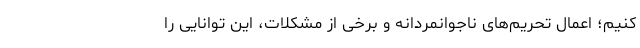
کنیم؛ اعمال تحریم‌های ناجوانمردانه و برخی از مشکلات، این توانایی را